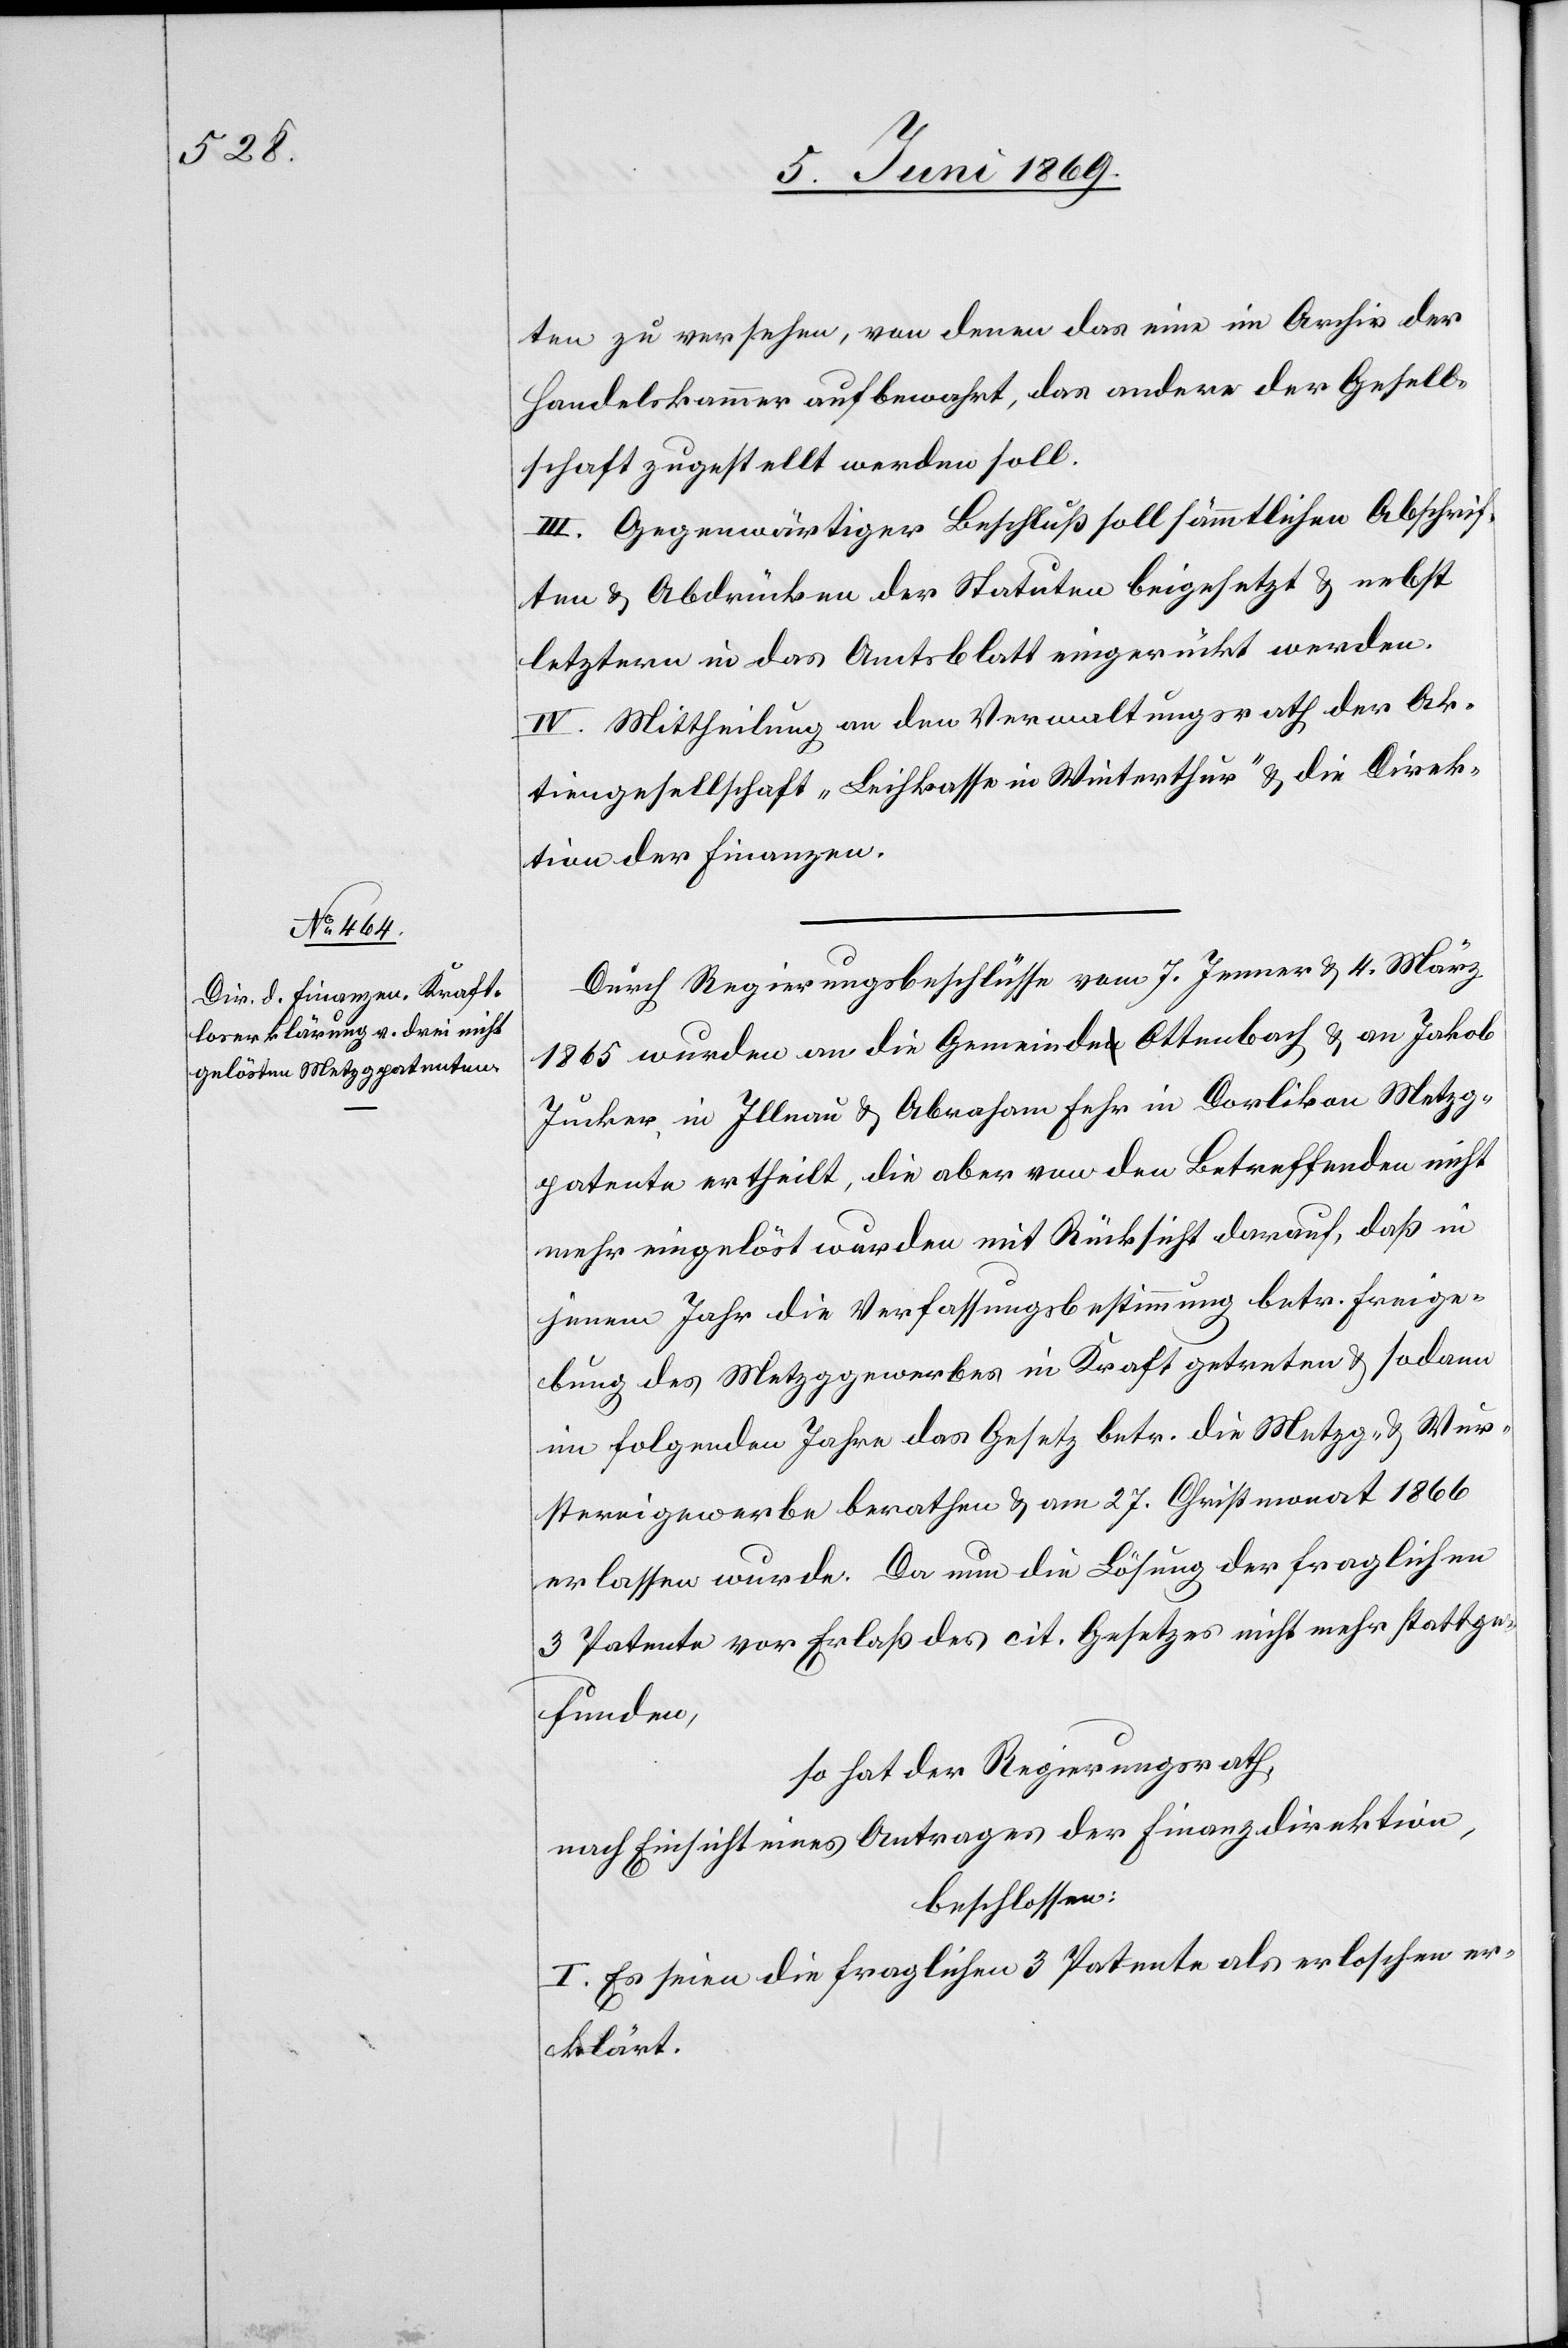
ten zu versehen, von denen das eine im Archiv der
Handelskammer aufgebracht, das andere der Gesell¬
schaft zugestellt werden soll.
III. Gegenwärtiger Beschluß soll sämmtlichen Abschrif¬
ten u. Abdrücken der Statuten beigesetzt u. nebst
letztern in das Amtsblatt eingerückt werden.
IV. Mittheilung an den Verwaltungsrath der Ak¬
tiengesellschaft „Leihkasse in Winterthur“ u. die Direk¬
tion der Finanzen.
Durch Regierungsbeschlüsse vom 7 Jenner u. 4 März
1865 wurden an die Gemeinde Ottenbach u. an Jakob
Jucker, in Illnau u. Abraham Fehr in Dorlikon Metzg¬
patente ertheilt, die aber von den Betreffenden nicht
mehr eingelöst wurden mit Rücksicht darauf, daß in
jenem Jahr die Verfassungsbestimmung betr. Freige¬
bung des Metzggewerbes in Kraft getreten u. sodann
im folgenden Jahre das Gesetz betr. die Metzg- u. Wur¬
stereigewerbe berathen u. am 27 Christmonat 1866
erlassen wurde. Da nun die Lösung der fraglichen
3 Patente vor Erlaß des cit. Gesetzes nicht mehr stattge¬
funden,
so hat der Regierungsrath,
nach Einsicht eines Antrages der Finanzdirektion,
beschlossen:
I. Es seien die fraglichen 3 Patente als erloschen er¬
klärt.